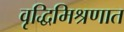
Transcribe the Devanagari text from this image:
वृद्धिमिश्रणात